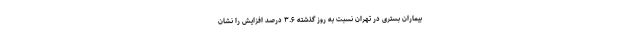
بیماران بستری در تهران نسبت به روز گذشته ۳.۶ درصد افزایش را نشان